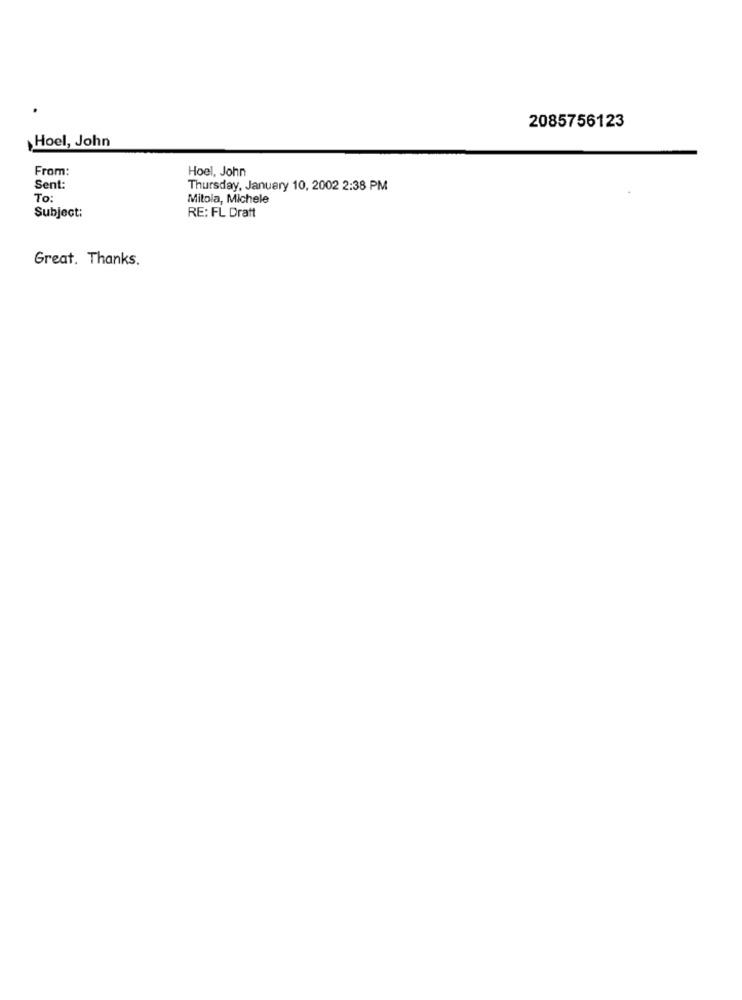
2085756123
Hoel, John
From:
Hoel, John
Sent:
Thursday, January 10, 2002 2:38 PM
To:
Mitola, Michele
Subject:
RE: FL Dratt
Great. Thanks.